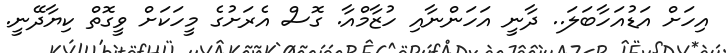
އިހަށް އަޑުއަހާބަލަ.. ދާނީ އަހަންނާއި ހުޒާމްއާ. ގޮސް އެރަށުގެ މީހަކަށް ވީގޮތް ކިޔާދޭނީ.